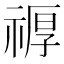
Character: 𮂆